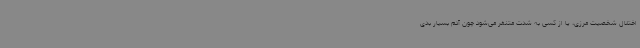
اختلال شخصیت مرزی‌، یا از کسی به شدت متنفر می‌شود چون آدم بسیار بدی